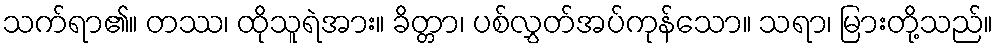
သက်ရာ၏။ တဿ၊ ထိုသူရဲအား။ ခိတ္တာ၊ ပစ်လွှတ်အပ်ကုန်သော။ သရာ၊ မြားတို့သည်။